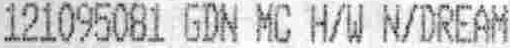
121095081 GDN MC H/W N/DREAM